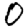
Digit: 0